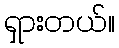
ရှားတယ်။